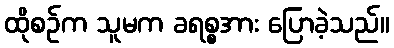
ထိုစဉ်က သူမက ခရစ္စအား ပြောခဲ့သည်။